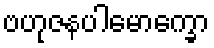
ဗဟုဇနပါမောက္ခော